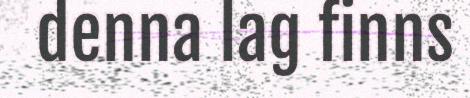
denna lag finns